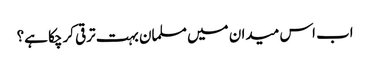
اب اس میدان میں مسلمان بہت ترقی کرچکا ہے؟